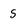
Character: 5